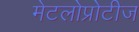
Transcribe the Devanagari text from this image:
मेटलोप्रोटीज